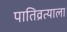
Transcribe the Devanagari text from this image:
पातिव्रत्याला